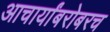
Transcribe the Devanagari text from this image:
आचार्यांबरोबरच